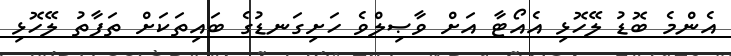
އެންމެ ބޮޑު ލޭހޮޅި އެއޯޓާ އަށް ވާޞިލްވެ ހަށިގަނޑުގެ ބައިތަކަށް ތަފާތު ލޭހޮޅި